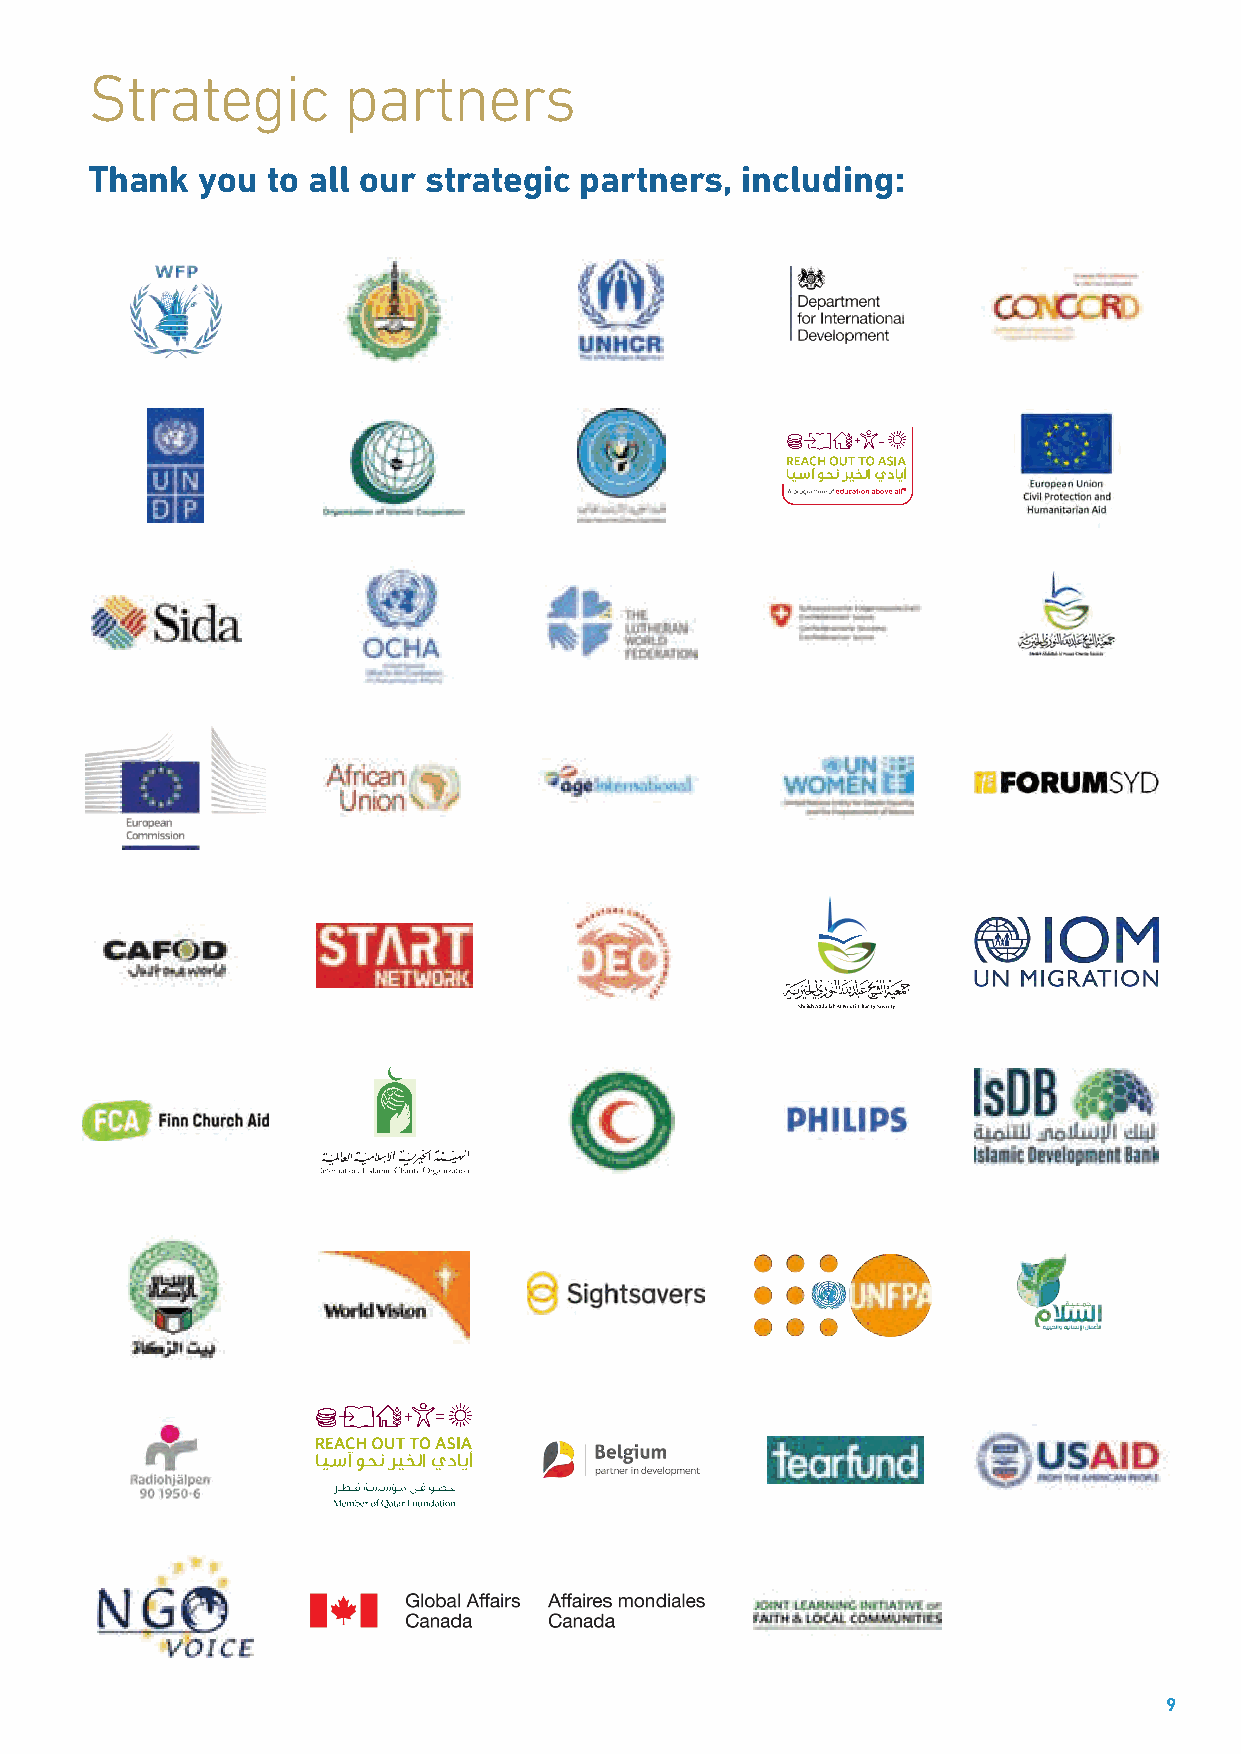
Strategic        partners
 Thank  you  to all our strategic partners, including:
 9